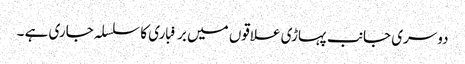
دوسری جانب پہاڑی علاقوں میں برفباری کا سلسلہ جاری ہے ۔